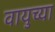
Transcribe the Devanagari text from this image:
वायुच्या